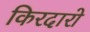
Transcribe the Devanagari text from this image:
किरदारो